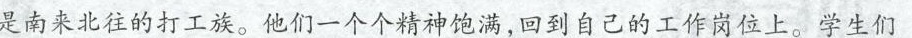
是南来北往的打工族。他们一个个精神饱满，回到自己的工作岗位上。学生们